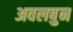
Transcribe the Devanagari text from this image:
अवलबुन